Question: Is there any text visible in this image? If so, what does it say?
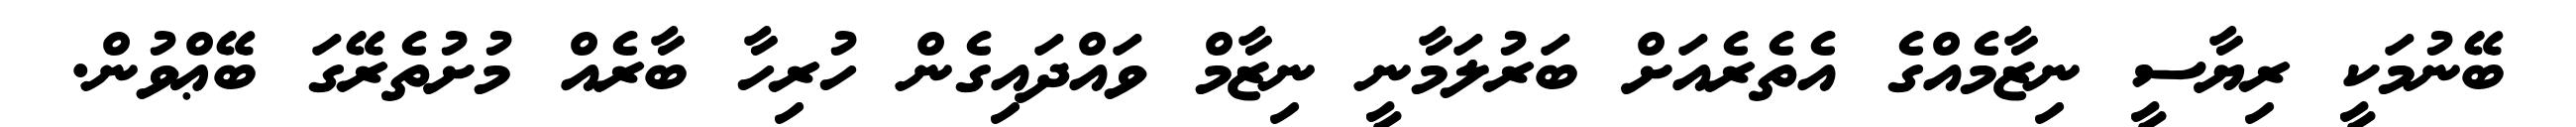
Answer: ބޭނުމަކީ ރިޔާސީ ނިޒާމެއްގެ އެތެރެއަށް ބަރުލަމާނީ ނިޒާމް ވައްދައިގެން ހުރިހާ ބާރެއް މުށުތެރޭގަ ބޭޢްވުން.